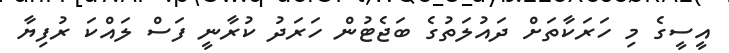
އީސީގެ މި ހަރަކާތަށް ދައުލަތުގެ ބަޖެޓުން ހަރަދު ކުރާނީ ފަސް ލައްކަ ރުފިޔާ